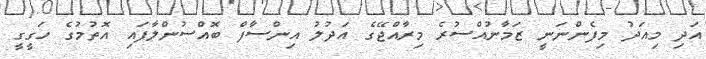
އަދި މިއަދު މިފެންނަނީ ޒަމާނުއްސުރެ މިރާއްޖޭގެ އަދުލު އިންސާފް ބޮއްސުންލާފައި އޮތުމުގެ ހަގީގީ